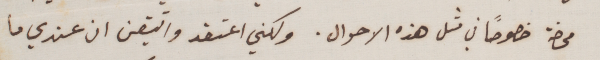
محضة خصوصاً في مثل هذه الاحوال. ولكني اعتقد واتيقن ان عندي ما